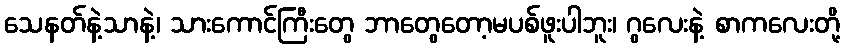
သေနတ်နဲ့သာနဲ့၊ သားကောင်ကြီးတွေ ဘာတွေတော့မပစ်ဖူးပါဘူး၊ ဂွလေးနဲ့ စာကလေးတို့